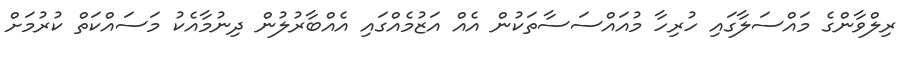
ރިލްވާންގެ މައްސަލާގައި ހުރިހާ މުއައްސަސާތަކުން އެއް އަޒުމެއްގައި އެެއްބާރުލުން ދިނުމާއެކު މަސައްކަތް ކުރުމަށް